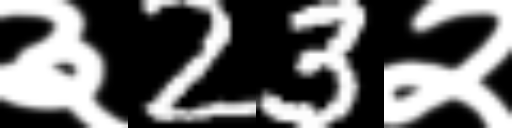
Text: ३23२